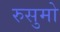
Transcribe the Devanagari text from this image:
रुसुमो